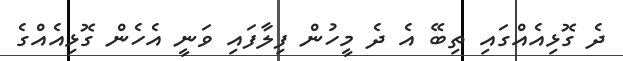
ދެ ގޮޅިއެއްގައި ތިބޭ އެ ދެ މީހުން ފިލާފައި ވަނީ އެހެން ގޮޅިއެއްގެ